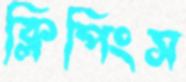
ক্লিপিংস